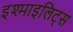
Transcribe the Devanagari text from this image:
इश्माइलिट्स